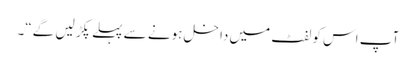
آپ اس کو لفٹ میں داخل ہونے سے پہلے پکڑ لیں گے“۔